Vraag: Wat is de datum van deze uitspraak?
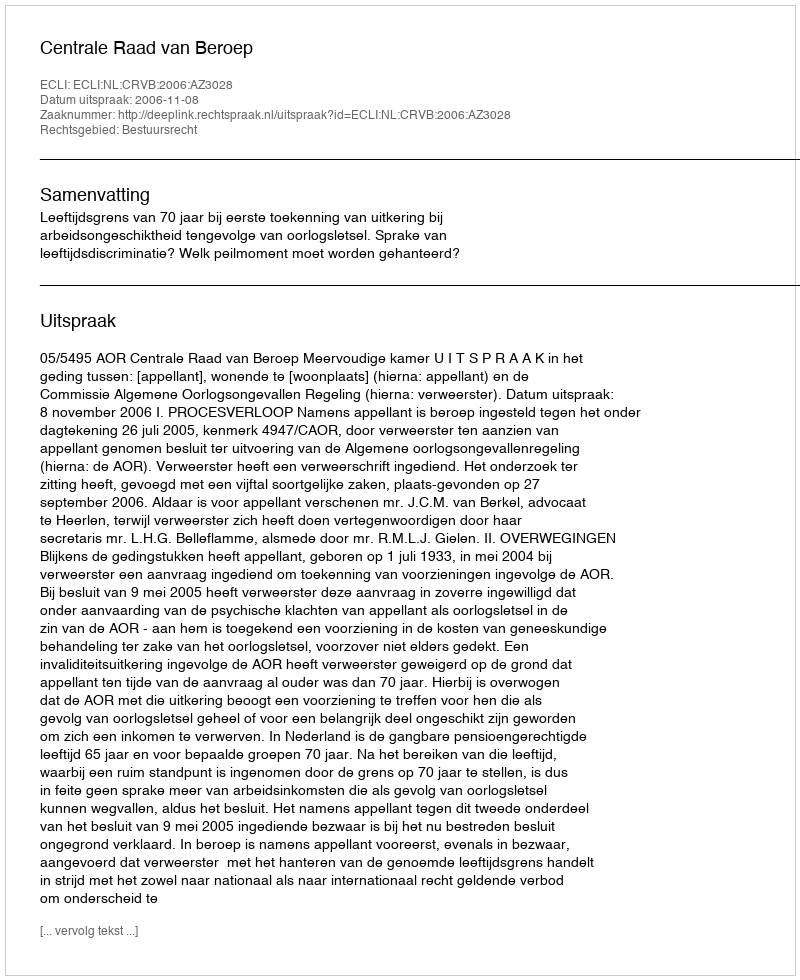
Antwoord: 2006-11-08